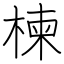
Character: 楝